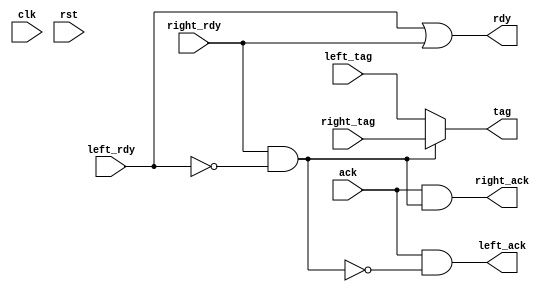
//Copyright 2020 Marco Merlini. This file is part of the fpga-bpf project,
//whose license information can be found at 
//https://github.com/UofT-HPRC/fpga-bpf/blob/master/LICENSE

`timescale 1ns / 1ps

/*
tree_node.v

Implements the tree node as per the README in the sources/arbitration folder. 
Can be parameterized to perform buffered handshaking, or to be combinational.

*/

`ifdef FROM_TREE_NODE
`include "../../../../generic/buffered_handshake/bhand.v"
`elsif FROM_TAG_TREE
`include "../../../generic/buffered_handshake/bhand.v"
`elsif FROM_SNOOP_ARB
`include "../../../generic/buffered_handshake/bhand.v"
`elsif FROM_PARALLEL_CORES
`include "../generic/buffered_handshake/bhand.v"
`elsif FROM_AXISTREAM_PACKETFILT
`include "generic/buffered_handshake/bhand.v"
`endif

`define genif generate if
`define endgen end endgenerate

module tree_node # (
    parameter TAG_SZ = 5,
    parameter ENABLE_DELAY = 0
) (
    input wire clk,
    input wire rst,
    
    input wire [TAG_SZ-1:0] left_tag,
    input wire left_rdy,
    output wire left_ack,
    
    input wire [TAG_SZ-1:0] right_tag,
    input wire right_rdy,
    output wire right_ack,
    
    output wire [TAG_SZ-1:0] tag,
    output wire rdy,
    input wire ack
    
);
    /************************************/
    /**Forward-declare internal signals**/
    /************************************/
    
    wire [TAG_SZ-1:0] left_tag_i;
    wire left_rdy_i;
    wire left_ack_i;
    
    wire [TAG_SZ-1:0] right_tag_i;
    wire right_rdy_i;
    wire right_ack_i;
    
    wire [TAG_SZ-1:0] tag_i;
    wire rdy_i;
    wire ack_i;
    
    wire lr_sel_i; //Which of left or right is selected (0 = left)
    
    
    /***************************************/
    /**Assign internal signals from inputs**/
    /***************************************/
    
    assign left_tag_i = left_tag;
    assign left_rdy_i = left_rdy;
    
    assign right_tag_i = right_tag;
    assign right_rdy_i = right_rdy;
    
    //If delay is enabled, ack_i is set from the bhand instance in the output
    //assignment section 
`genif (!ENABLE_DELAY) begin
    assign ack_i = ack;
`endgen


    /****************/
    /**Do the logic**/
    /****************/

    assign lr_sel_i = (right_rdy_i && !left_rdy_i); //Defaults to using left
    
    assign rdy_i = left_rdy_i || right_rdy_i;
    assign tag_i = (lr_sel_i) ? right_tag_i : left_tag_i;
    assign left_ack_i = ack_i && (lr_sel_i == 0);
    assign right_ack_i = ack_i && (lr_sel_i == 1);
    
    
    /****************************************/
    /**Assign outputs from internal signals**/
    /****************************************/
    
`genif (ENABLE_DELAY) begin
    
    bhand # (
        .DATA_WIDTH(TAG_SZ),
        .ENABLE_COUNT(0)
    ) sit_shake_good_boy (
        .clk(clk),
        .rst(rst),
        
        .idata(tag_i),
        .idata_vld(rdy_i), //This was an unfortunate choice of variable names...
        .idata_rdy(ack_i),
        
        .odata(tag),
        .odata_vld(rdy),
        .odata_rdy(ack)
    );
    
end else begin
    assign tag = tag_i;
    assign rdy = rdy_i;
`endgen

    assign left_ack = left_ack_i;
    assign right_ack = right_ack_i;

endmodule

`undef genif
`undef endgen